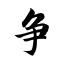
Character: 争